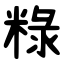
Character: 粶